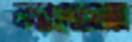
কারদোসোজ